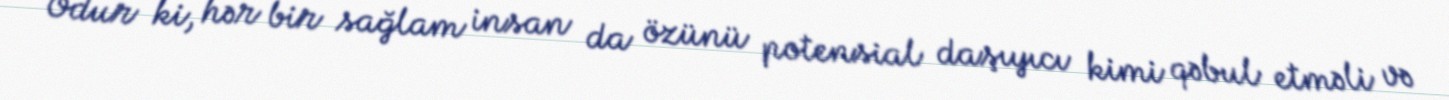
Odur ki, hər bir sağlam insan da özünü potensial daşıyıcı kimi qəbul etməli və